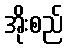
အိုးစည်